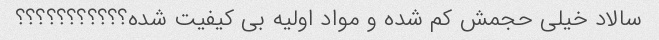
سالاد خیلی حجمش کم شده و مواد اولیه بی کیفیت شده؟؟؟؟؟؟؟؟؟؟؟